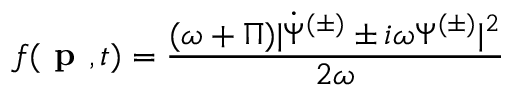
f ( \textbf { p } , t ) = \frac { { ( \omega + \Pi ) | \dot { \Psi } ^ { ( \pm ) } \pm i \omega \Psi ^ { ( \pm ) } | ^ { 2 } } } { 2 \omega }